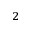
_ 2